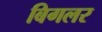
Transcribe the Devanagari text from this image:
बिगलर